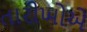
તારીખોએ